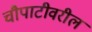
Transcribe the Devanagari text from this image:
चौपाटीवरील